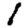
Digit: 1